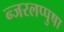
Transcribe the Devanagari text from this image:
न्जरलप्पुषा